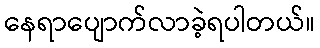
နေရာပျောက်လာခဲ့ရပါတယ်။